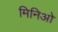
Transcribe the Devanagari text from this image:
मिनिओ